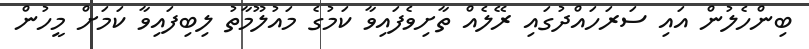
ބިންހެލުން އައި ސަރަހައްދުގައި ރޭލެއް ތާށިވެފައިވާ ކަމުގެ މައުލޫމާތު ލިބިފައިވާ ކަމަށް މީހުން